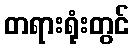
တရားရုံးတွင်